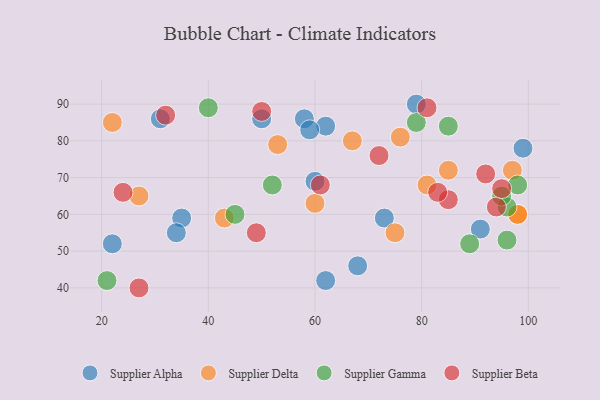
{"axis": {"x": "GDP", "y": "Life Expectancy"}, "legend": ["Supplier Alpha", "Supplier Beta", "Supplier Delta", "Supplier Gamma"], "data": [{"x": "50", "y": 86, "type": "Supplier Alpha"}, {"x": "79", "y": 90, "type": "Supplier Alpha"}, {"x": "62", "y": 84, "type": "Supplier Alpha"}, {"x": "62", "y": 42, "type": "Supplier Alpha"}, {"x": "58", "y": 86, "type": "Supplier Alpha"}, {"x": "99", "y": 78, "type": "Supplier Alpha"}, {"x": "31", "y": 86, "type": "Supplier Alpha"}, {"x": "35", "y": 59, "type": "Supplier Alpha"}, {"x": "34", "y": 55, "type": "Supplier Alpha"}, {"x": "60", "y": 69, "type": "Supplier Alpha"}, {"x": "73", "y": 59, "type": "Supplier Alpha"}, {"x": "59", "y": 83, "type": "Supplier Alpha"}, {"x": "22", "y": 52, "type": "Supplier Alpha"}, {"x": "68", "y": 46, "type": "Supplier Alpha"}, {"x": "91", "y": 56, "type": "Supplier Alpha"}, {"x": "27", "y": 65, "type": "Supplier Delta"}, {"x": "53", "y": 79, "type": "Supplier Delta"}, {"x": "85", "y": 72, "type": "Supplier Delta"}, {"x": "67", "y": 80, "type": "Supplier Delta"}, {"x": "98", "y": 60, "type": "Supplier Delta"}, {"x": "81", "y": 68, "type": "Supplier Delta"}, {"x": "60", "y": 63, "type": "Supplier Delta"}, {"x": "22", "y": 85, "type": "Supplier Delta"}, {"x": "76", "y": 81, "type": "Supplier Delta"}, {"x": "98", "y": 60, "type": "Supplier Delta"}, {"x": "97", "y": 72, "type": "Supplier Delta"}, {"x": "43", "y": 59, "type": "Supplier Delta"}, {"x": "75", "y": 55, "type": "Supplier Delta"}, {"x": "21", "y": 42, "type": "Supplier Gamma"}, {"x": "52", "y": 68, "type": "Supplier Gamma"}, {"x": "98", "y": 68, "type": "Supplier Gamma"}, {"x": "96", "y": 53, "type": "Supplier Gamma"}, {"x": "79", "y": 85, "type": "Supplier Gamma"}, {"x": "85", "y": 84, "type": "Supplier Gamma"}, {"x": "40", "y": 89, "type": "Supplier Gamma"}, {"x": "96", "y": 62, "type": "Supplier Gamma"}, {"x": "89", "y": 52, "type": "Supplier Gamma"}, {"x": "95", "y": 65, "type": "Supplier Gamma"}, {"x": "45", "y": 60, "type": "Supplier Gamma"}, {"x": "61", "y": 68, "type": "Supplier Beta"}, {"x": "85", "y": 64, "type": "Supplier Beta"}, {"x": "94", "y": 62, "type": "Supplier Beta"}, {"x": "81", "y": 89, "type": "Supplier Beta"}, {"x": "95", "y": 67, "type": "Supplier Beta"}, {"x": "50", "y": 88, "type": "Supplier Beta"}, {"x": "72", "y": 76, "type": "Supplier Beta"}, {"x": "24", "y": 66, "type": "Supplier Beta"}, {"x": "32", "y": 87, "type": "Supplier Beta"}, {"x": "83", "y": 66, "type": "Supplier Beta"}, {"x": "92", "y": 71, "type": "Supplier Beta"}, {"x": "27", "y": 40, "type": "Supplier Beta"}, {"x": "49", "y": 55, "type": "Supplier Beta"}]}